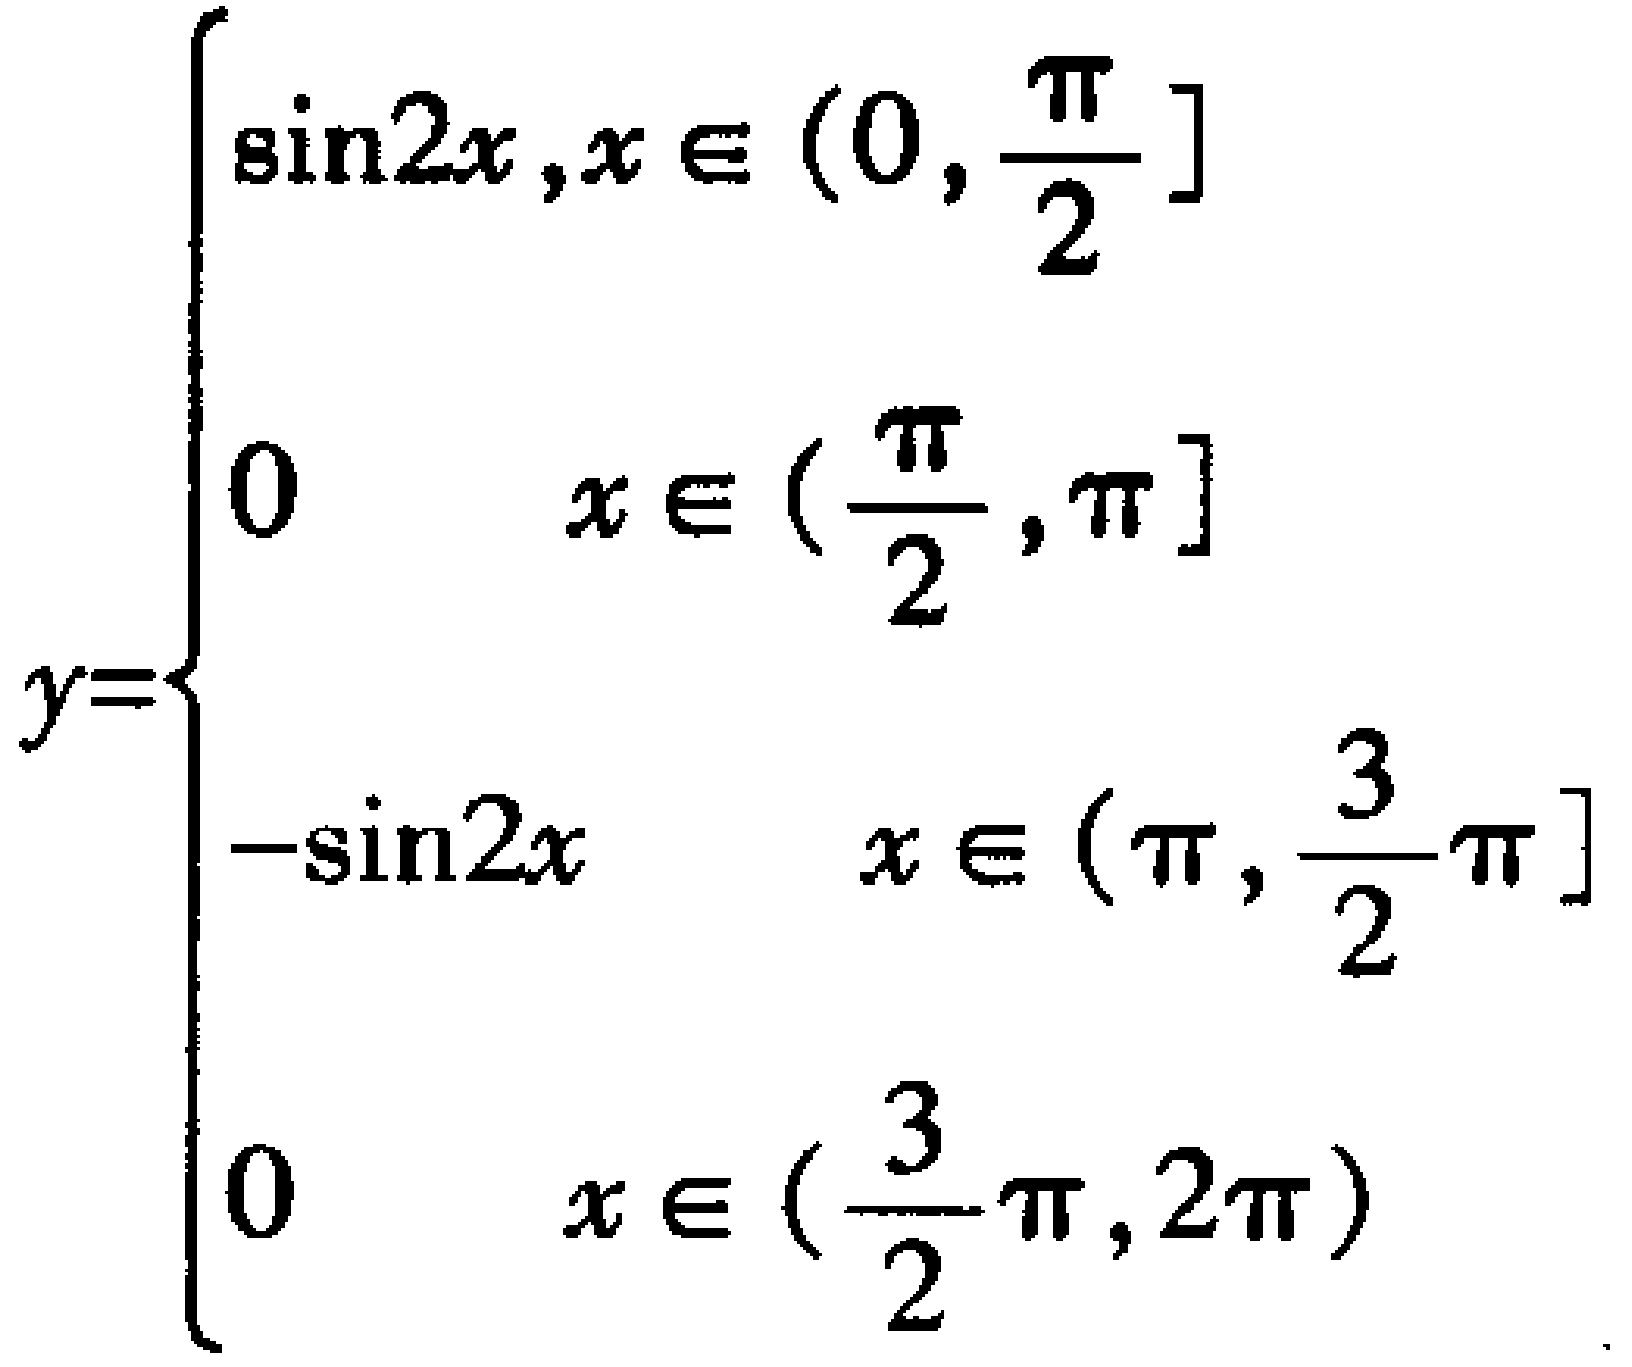
\[
y=
\begin{cases}
\sin2x, & x\in(0,\frac{\pi}{2}] \\
0, & x\in(\frac{\pi}{2},\pi] \\
-\sin2x, & x\in(\pi,\frac{3}{2}\pi] \\
0, & x\in(\frac{3}{2}\pi,2\pi)
\end{cases}
\]